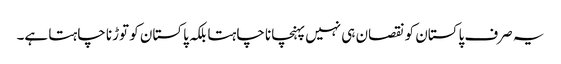
یہ صرف پاکستان کو نقصان ہی نہیں پہنچانا چاہتا بلکہ پاکستان کو توڑنا چاہتا ہے۔